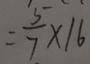
= \frac { 5 } { 7 } \times 1 6